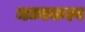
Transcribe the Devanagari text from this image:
मध्यकल्प